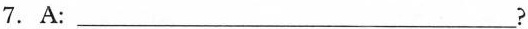
7. A: ___?